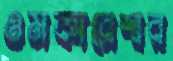
ওমকারেশ্বর